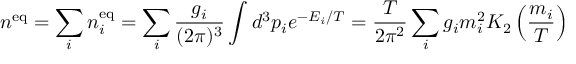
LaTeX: n ^ { \mathrm { e q } } = \sum _ { i } n _ { i } ^ { \mathrm { e q } } = \sum _ { i } \frac { g _ { i } } { ( 2 \pi ) ^ { 3 } } \int d ^ { 3 } p _ { i } e ^ { - E _ { i } / T } = \frac { T } { 2 \pi ^ { 2 } } \sum _ { i } g _ { i } m _ { i } ^ { 2 } K _ { 2 } \left( \frac { m _ { i } } { T } \right)